Civil Veterinary Dept. North-West Frontier Province 1901-22 - 1901-1922
Year: 1901
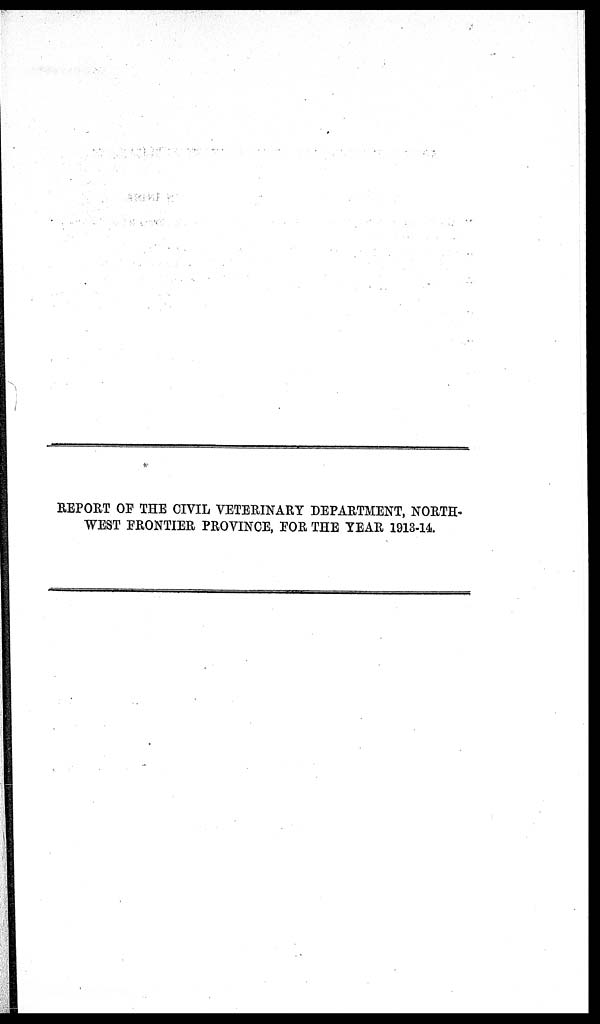
REPORT OF THE CIVIL VETERINARY DEPARTMENT, NORTH-
WEST FRONTIER PROVINCE, FOR THE YEAR 1913-14.